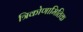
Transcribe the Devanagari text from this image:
त्रिकोणामितिक